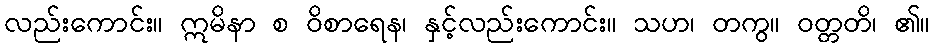
လည်းကောင်း။ ဣမိနာ စ ဝိစာရေန၊ နှင့်လည်းကောင်း။ သဟ၊ တကွ။ ဝတ္တတိ၊ ၏။